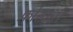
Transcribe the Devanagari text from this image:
फ़ोस्फ़री